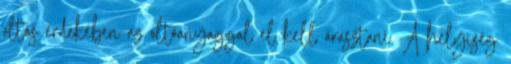
oltás érdekében az oltóanyaggal el kell árasztani. A helyiség